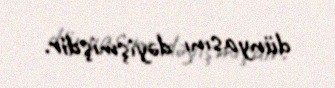
dünyasını dəyişmişdir.